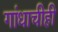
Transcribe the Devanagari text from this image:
गांधाचीही